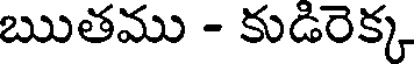
ఋతము - కుడిరెక్క